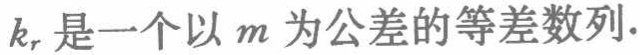
$k_{r}是一个以m为公差的等差数列.$